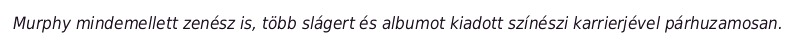
Murphy mindemellett zenész is, több slágert és albumot kiadott színészi karrierjével párhuzamosan.